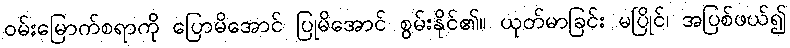
ဝမ်းမြောက်စရာကို ပြောမိအောင် ပြုမိအောင် စွမ်းနိုင်၏။ ယုတ်မာခြင်း မပြိုင်၊ အပြစ်ဖယ်၍